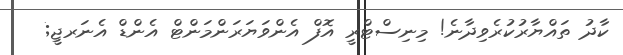
ކާދު ތައްޔާރުކުރެވިދާނެ! މިނިސްޓްރީ އޮފް އެންވަޔަރަންމަންޓް އެންޑް އެނަރޖީ;